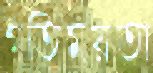
গতিময়তা